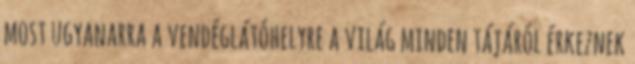
most ugyanarra a vendéglátóhelyre a világ minden tájáról érkeznek